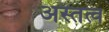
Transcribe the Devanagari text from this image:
अस्तत्व